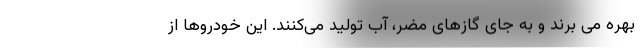
بهره می برند و به جای گازهای مضر، آب تولید می‌کنند. این خودروها از